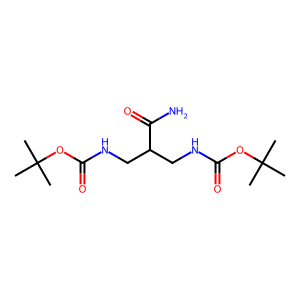
SMILES: CC(C)(C)OC(=O)NCC(CNC(=O)OC(C)(C)C)C(N)=O
Inhibits HIV replication: No